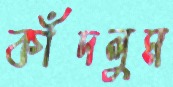
কাঁদলুম